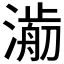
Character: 𣾥